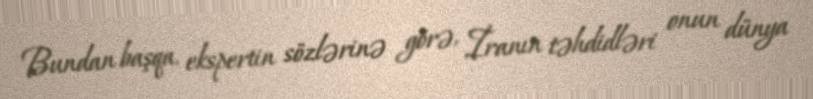
Bundan başqa, ekspertin sözlərinə görə, İranın təhdidləri onun dünya